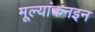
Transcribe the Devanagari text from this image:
मूल्यांकनइन